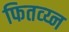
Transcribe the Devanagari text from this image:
फितव्य्न